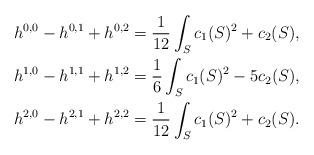
\begin{align*}h^{0,0}-h^{0,1}+h^{0,2}&=\frac{1}{12}\int_S c_1(S)^2+c_2(S), \\h^{1,0}-h^{1,1}+h^{1,2}&=\frac{1}{6}\int_S c_1(S)^2-5c_2(S), \\h^{2,0}-h^{2,1}+h^{2,2}&=\frac{1}{12}\int_S c_1(S)^2+c_2(S).\end{align*}